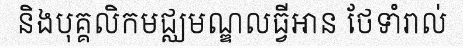
និងបុគ្គលិកមជ្ឈមណ្ឌលធ្វីអាន ថែទាំរាល់